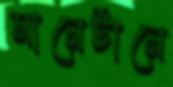
মানেটানে